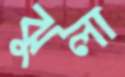
ঝুলা